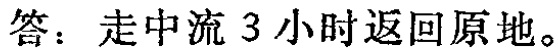
答：走中流 3 小时返回原地。